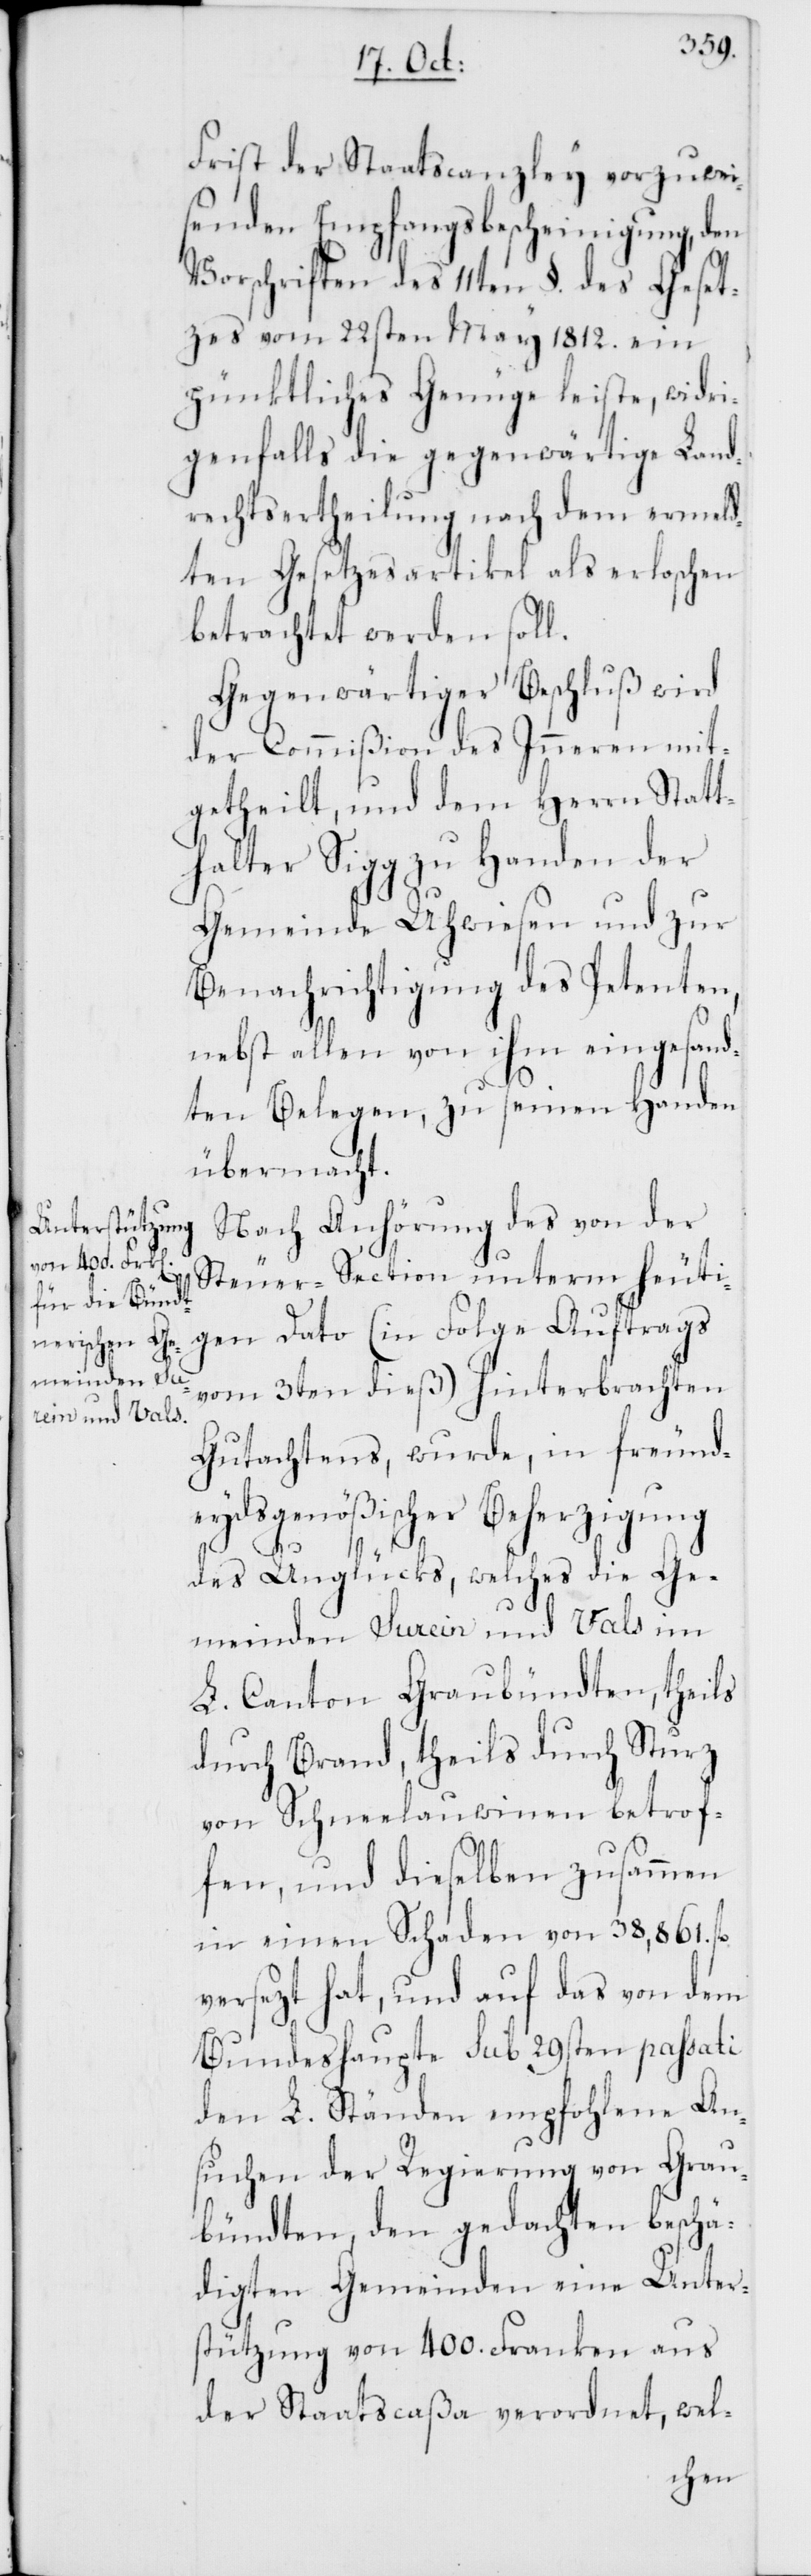
Frist der Staatscanzley vorzuwei¬
senden Empfangsbescheinigung, den
Vorschriften des 11ten §. des Geset¬
zes vom 22sten May 1812. ein
pünktliches Genügen leiste, widri¬
genfalls die gegenwärtige Land¬
rechtsertheilung nach dem ermeld¬
ten Gesetzesartikel als erloschen
betrachtet werden soll.
Gegenwärtiger Beschluß wird
der Commißion des Inneren mit¬
getheilt, und dem Herrn Statt¬
halter Sigg zu Handen der
Gemeinde Uhwiesen und zur
Benachrichtigung des Petenten,
nebst allen von ihm eingesand¬
ten Belegen, zu seinen Handen
übermacht.
Nach Anhörung des von der
Steuer-Section unterm heuti¬
gen Dato (in Folge Auftrags
vom 3ten dies) hinterbrachten
Gutachtens, wurde, in freund¬
eydsgenößischer Beherzigung
des Unglücks, welches die Ge¬
meinden Surein und Vals im
L. Canton Graubündten, theils
durch Brand, theils durch Sturz
von Schneelauwinen betrof¬
fen, und dieselben zusammen
in einen Schaden von 38,861. fl.
versezt hat, und auf das von dem
Bundeshaupte sub 29sten passati
den L. Ständen empfohlene An¬
suchen der Regierung von Grau¬
bündten, den gedachten beschä¬
digten Gemeinden eine Unter¬
stützung von 400. Franken aus
der Staatscaßa verordnet, wel-